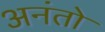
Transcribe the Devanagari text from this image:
अनंतो